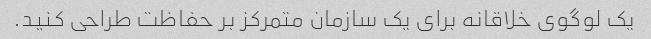
یک لوگوی خلاقانه برای یک سازمان متمرکز بر حفاظت طراحی کنید.